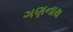
ગણનાથ